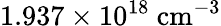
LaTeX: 1.937\times 10^{18}\ \mathrm{cm^{-3}}